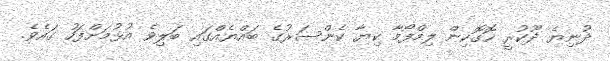
ދުނިޔެ ދޫކުރީ ހޮގޮކިން ލިމްފޯމާ ކިޔާ ކެންސަރުގެ ބައްޔެއްގައި ބަލިވެ އުޅުމަށްފަހު ގައެވެ.